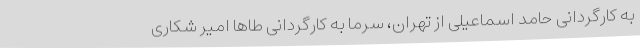
به کارگردانی حامد اسماعیلی از تهران، سرما به کارگردانی طاها امیر شکاری